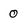
Character: 0